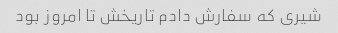
شیری که سفارش دادم تاریخش تا امروز بود